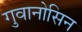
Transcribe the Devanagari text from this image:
गुवानोसिन